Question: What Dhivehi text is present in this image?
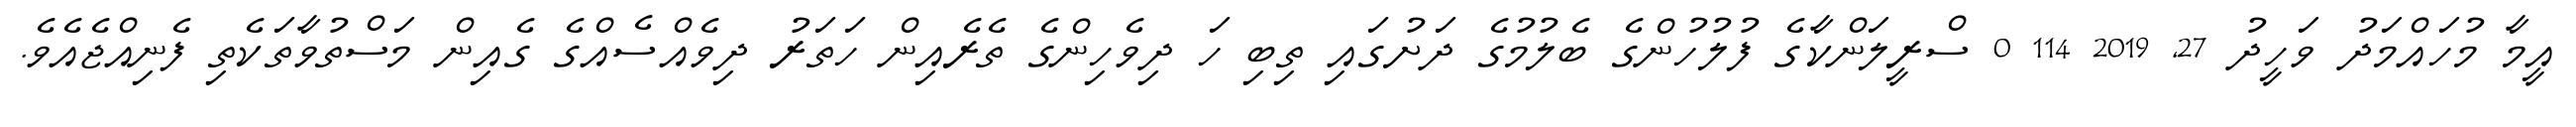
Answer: އީމާ މުހައްމަދު ވަހީދު 27, 2019 114 0 ސްރީލަންކާގެ ފުލުހުންގެ ބެލުމުގެ ދަށުގައި ތިބި ހަ ދިވެހިންގެ ތެރެއިން ހަތަރު ދިވެއްސެއްގެ ގެއިން މަސްތުވާތަކެތި ފެނިއްޖެއެވެ.